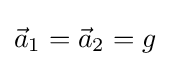
{\vec {a}}_{1}={\vec {a}}_{2}=g